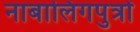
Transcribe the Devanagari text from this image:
नाबालिगपुत्रों